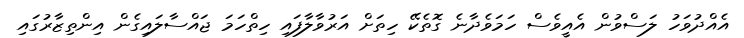
އެއްދުވަހު ލަސްވުން އެއީވެސް ހަމަވެދާނެ ގޮތެކޭ ހިތަށް އަރުވާލާފައި ހިތްހަމަ ޖައްސާލައިގެން އިންތިޒާރުގައި